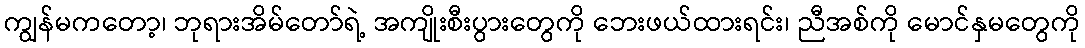
ကျွန်မကတော့၊ ဘုရားအိမ်တော်ရဲ့ အကျိုးစီးပွားတွေကို ဘေးဖယ်ထားရင်း၊ ညီအစ်ကို မောင်နှမတွေကို